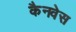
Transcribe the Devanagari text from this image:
कैनवेस